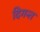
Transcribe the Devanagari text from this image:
दिगन्‍त